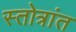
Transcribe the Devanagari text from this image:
स्तोत्रांत